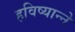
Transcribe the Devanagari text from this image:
हविष्यान्ने